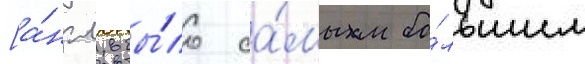
[а́нгл. бы́ло са́мым бо́льшим